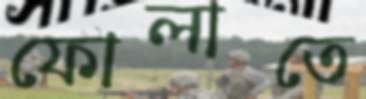
ফোলাতে